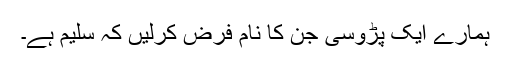
ہمارے ایک پڑوسی جن کا نام فرض کرلیں کہ سلیم ہے۔